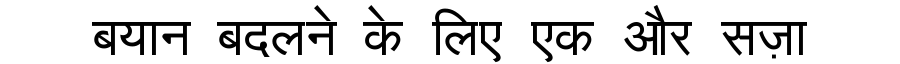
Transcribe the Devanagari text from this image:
बयान बदलने के लिए एक और सज़ा